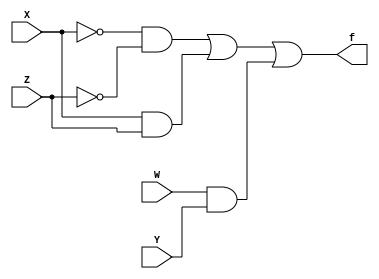
module basic_combo(f, W, X, Y, Z);

input W, X, Y, Z;
output f;

assign f = (~X & ~Z) | (X & Z) | (W & Y);

endmodule